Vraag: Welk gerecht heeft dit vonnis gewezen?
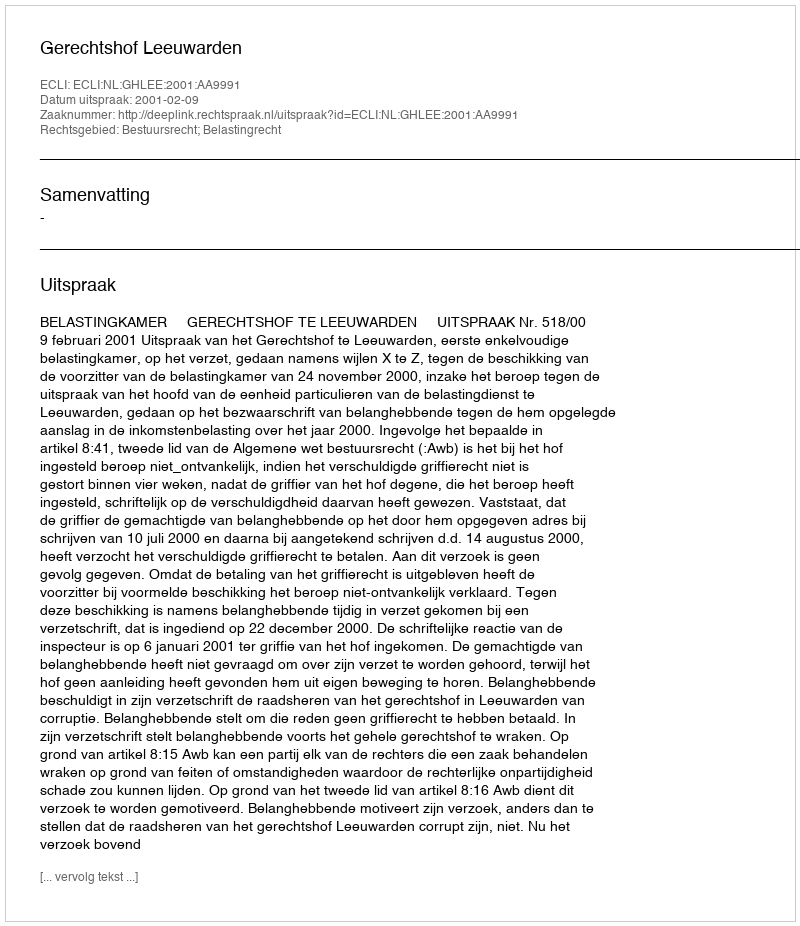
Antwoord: Gerechtshof Leeuwarden